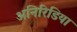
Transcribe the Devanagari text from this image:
अनिरिडिया